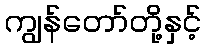
ကျွန်တော်တို့နှင့်